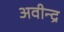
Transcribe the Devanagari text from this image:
अवीन्द्र